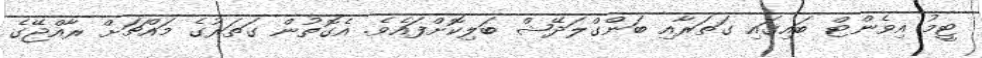
ޓީމު އިވެންޓް ބައިގައި ގަތަރާއި ބަންގްލަދޭޝް ބަލިކޮށްފައެވެ. އެގޮތުން ގަތަރުގެ މައްޗަށް ރާއްޖޭގެ